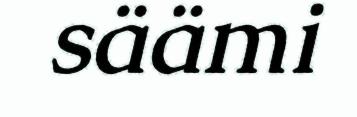
säämi